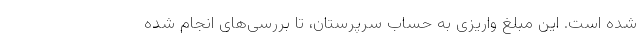
شده است. این مبلغ واریزی به حساب سرپرستان، تا بررسی‌های انجام شده